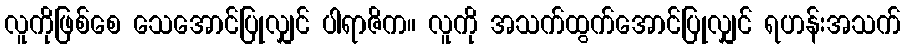
လူကိုဖြစ်စေ သေအောင်ပြုလျှင် ပါရာဇိက။ လူကို အသက်ထွက်အောင်ပြုလျှင် ရဟန်းအသက်